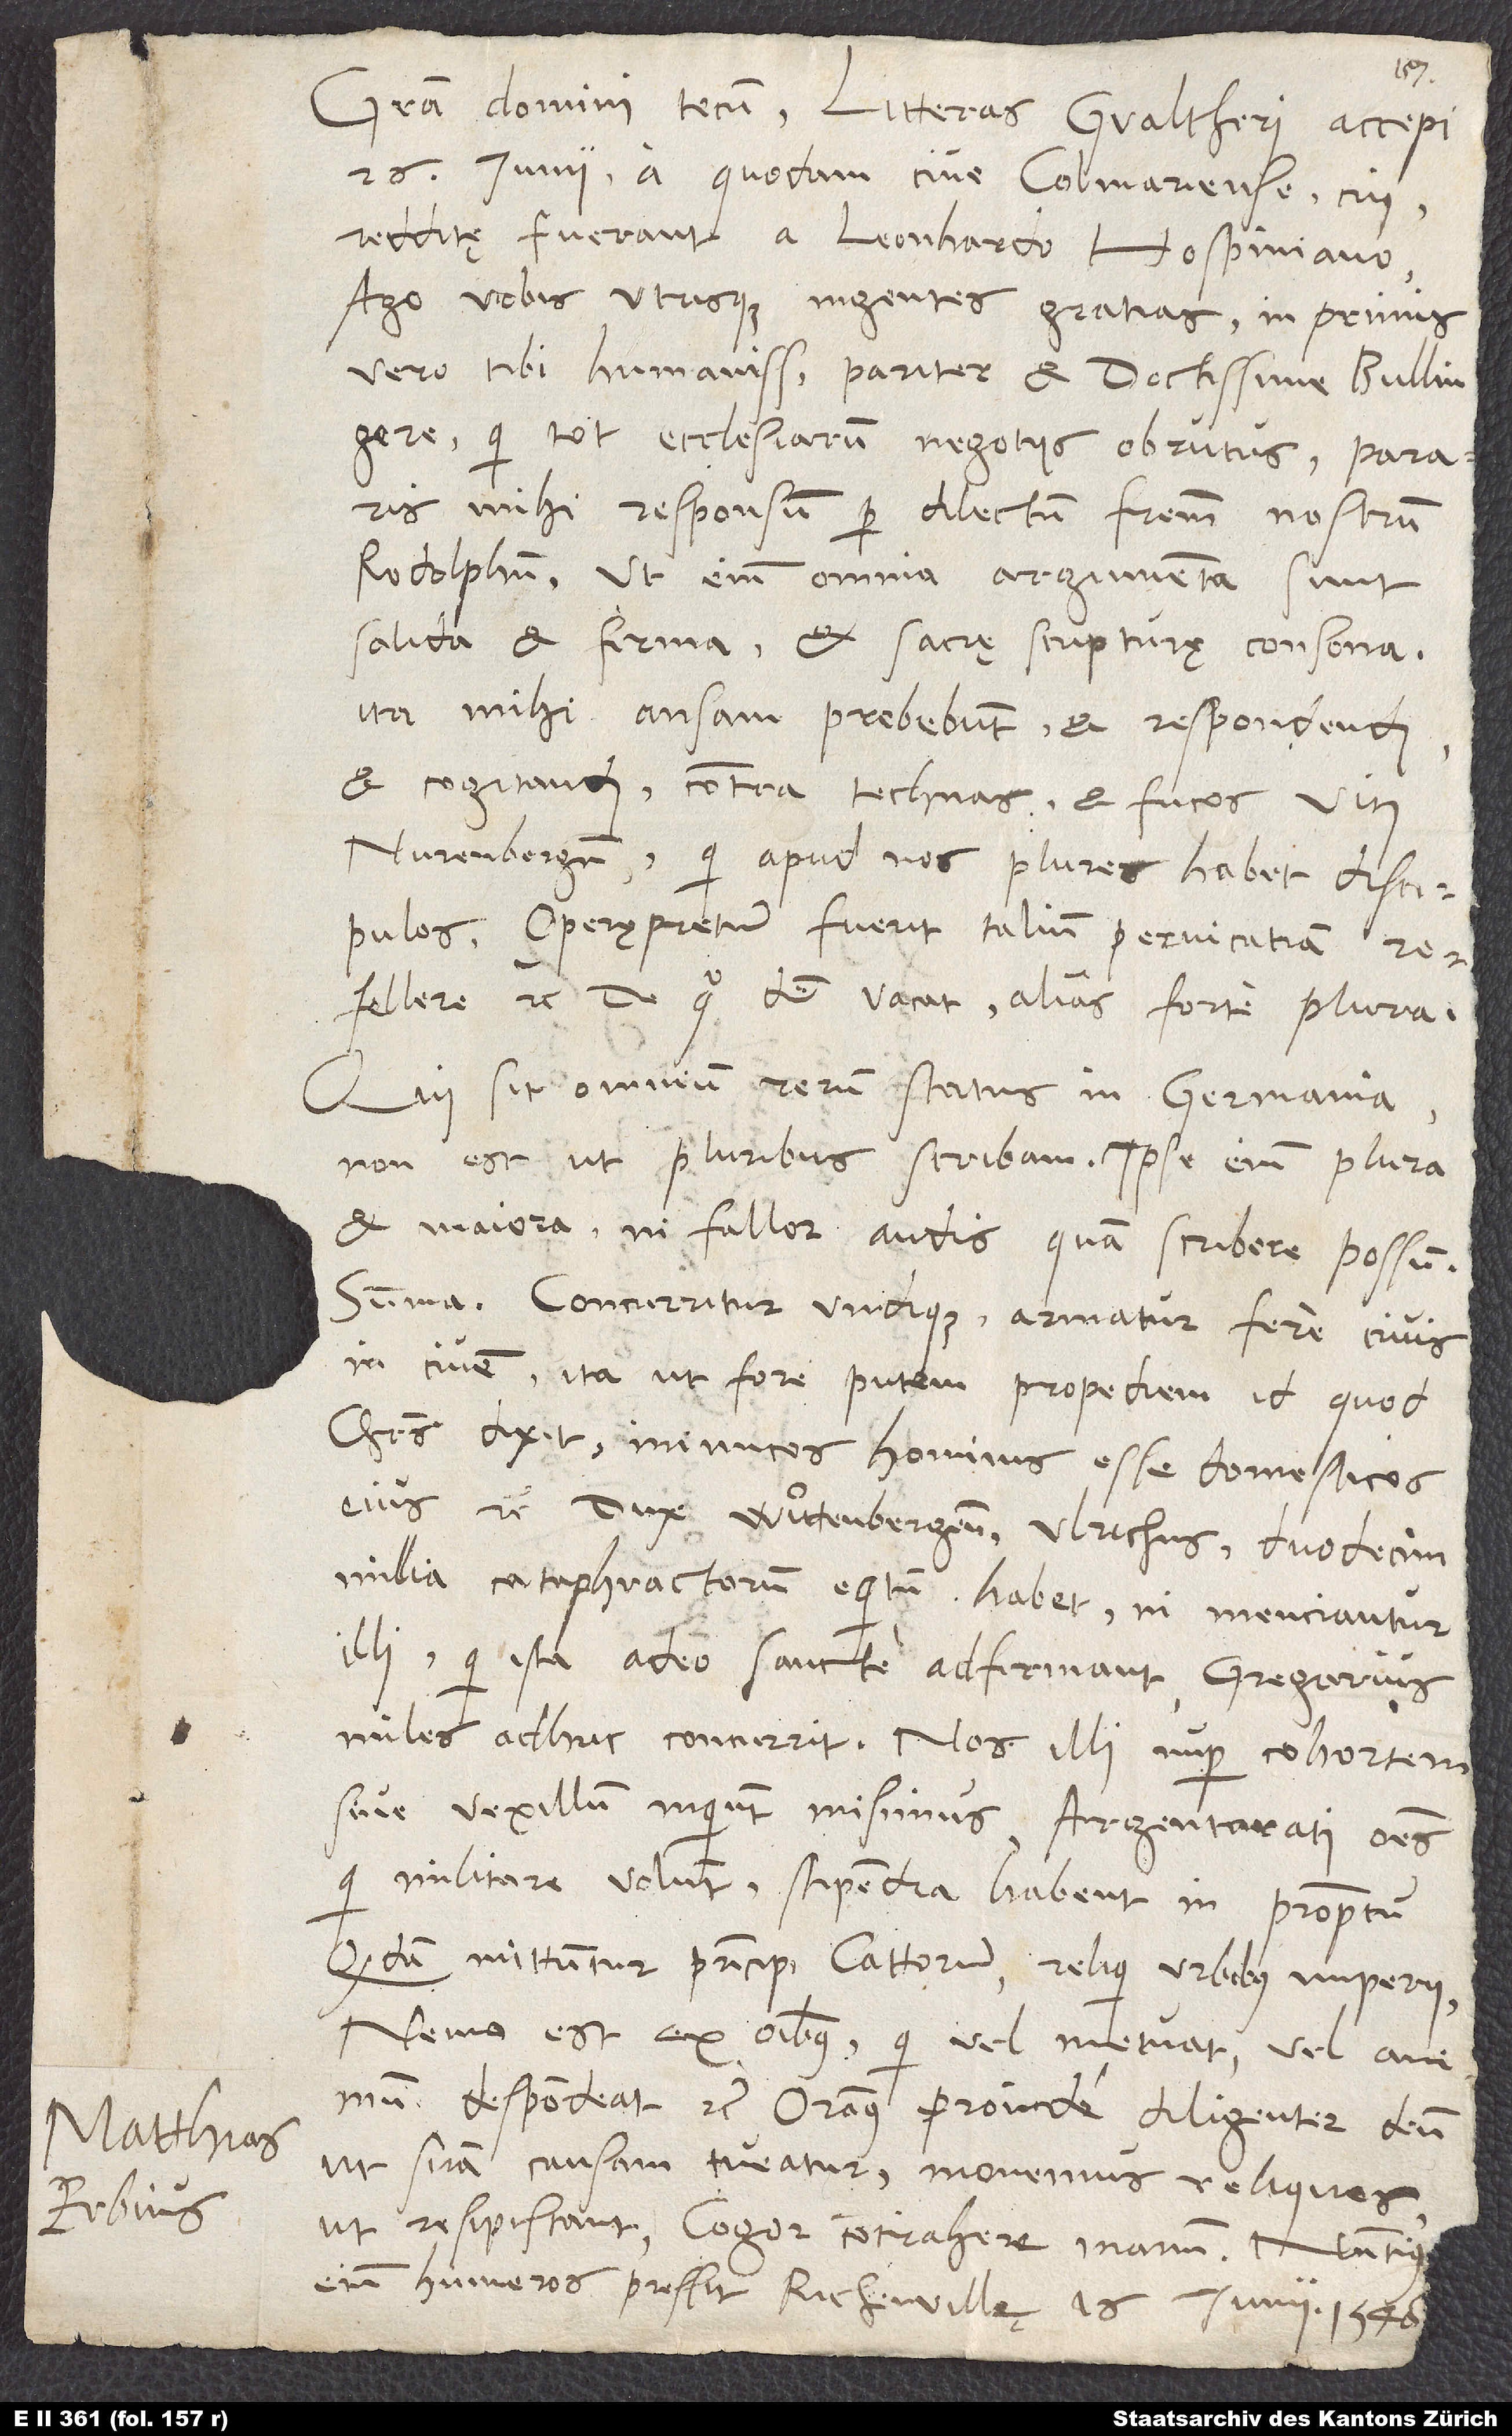
Matthias
Erbius.

Gratia domini tecum. Litteras Gvaltheri accepi
26. iunii a quodam cive Colmariense, cui
redditę fuerant a Leonhardo Hospiniano.
Ago vobis utrisque ingentes gratias, inprimis
vero tibi, humanissime pariter et doctissime Bullingere,
qui tot ecclesiarum negotiis obrutus pararis
mihi responsum per dilectum fratrem nostrum
Rodolphum. Ut enim omnia argumenta sunt
solida et firma et sacrę scripturę consona,
ita mihi ansam prebebunt et respondendi
et cogitandi contra technas et fucos Viti
Nurenbergensis, qui apud nos plures habet discipulos.
Operę pretium fuerit talium pervicatiam
refellere, etc. De quo, dum vacat, alias forte plura.
Qui sit omnium rerum status in Germania,
non est, ut pluribus scribam. Ipse enim plura
et maiora, ni fallor, audis, quam scribere possum.
Summa: Concurritur undique, armatur fere civis
in civem, ita ut fore putem propediem id, quod
Christus dixit, inimicos hominis esse domesticos
eius, etc. Dux Wutenbergensis Ulrichus duodecim
millia cataphractorum equitum habet, ni menciantur
illi, qui ista adeo sancte adfirmant, gregarius
miles adhuc concurrit. Nos illi nuper cohortem
sive vexillum, inquiunt, misimus. Argentorati omnes,
qui militare volunt, stipendia habent in promptu.
Quidam mittuntur principi Cattorum, reliqui urbibus imperii.
Nemo est ex omnibus, qui vel metuat vel animum
despondeat, etc. Oramus proinde diligenter deum,
ut suam causam tueatur. Monemus reliquos,
ut resipiscant. Cogor contrahere manum. Nuntius
enim humeros pressit. Richevillę, 16.
iunii 1546.